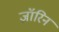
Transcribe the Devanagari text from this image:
ज़ॉरिन